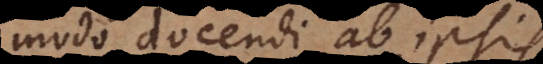
modo docendi ab ipsis